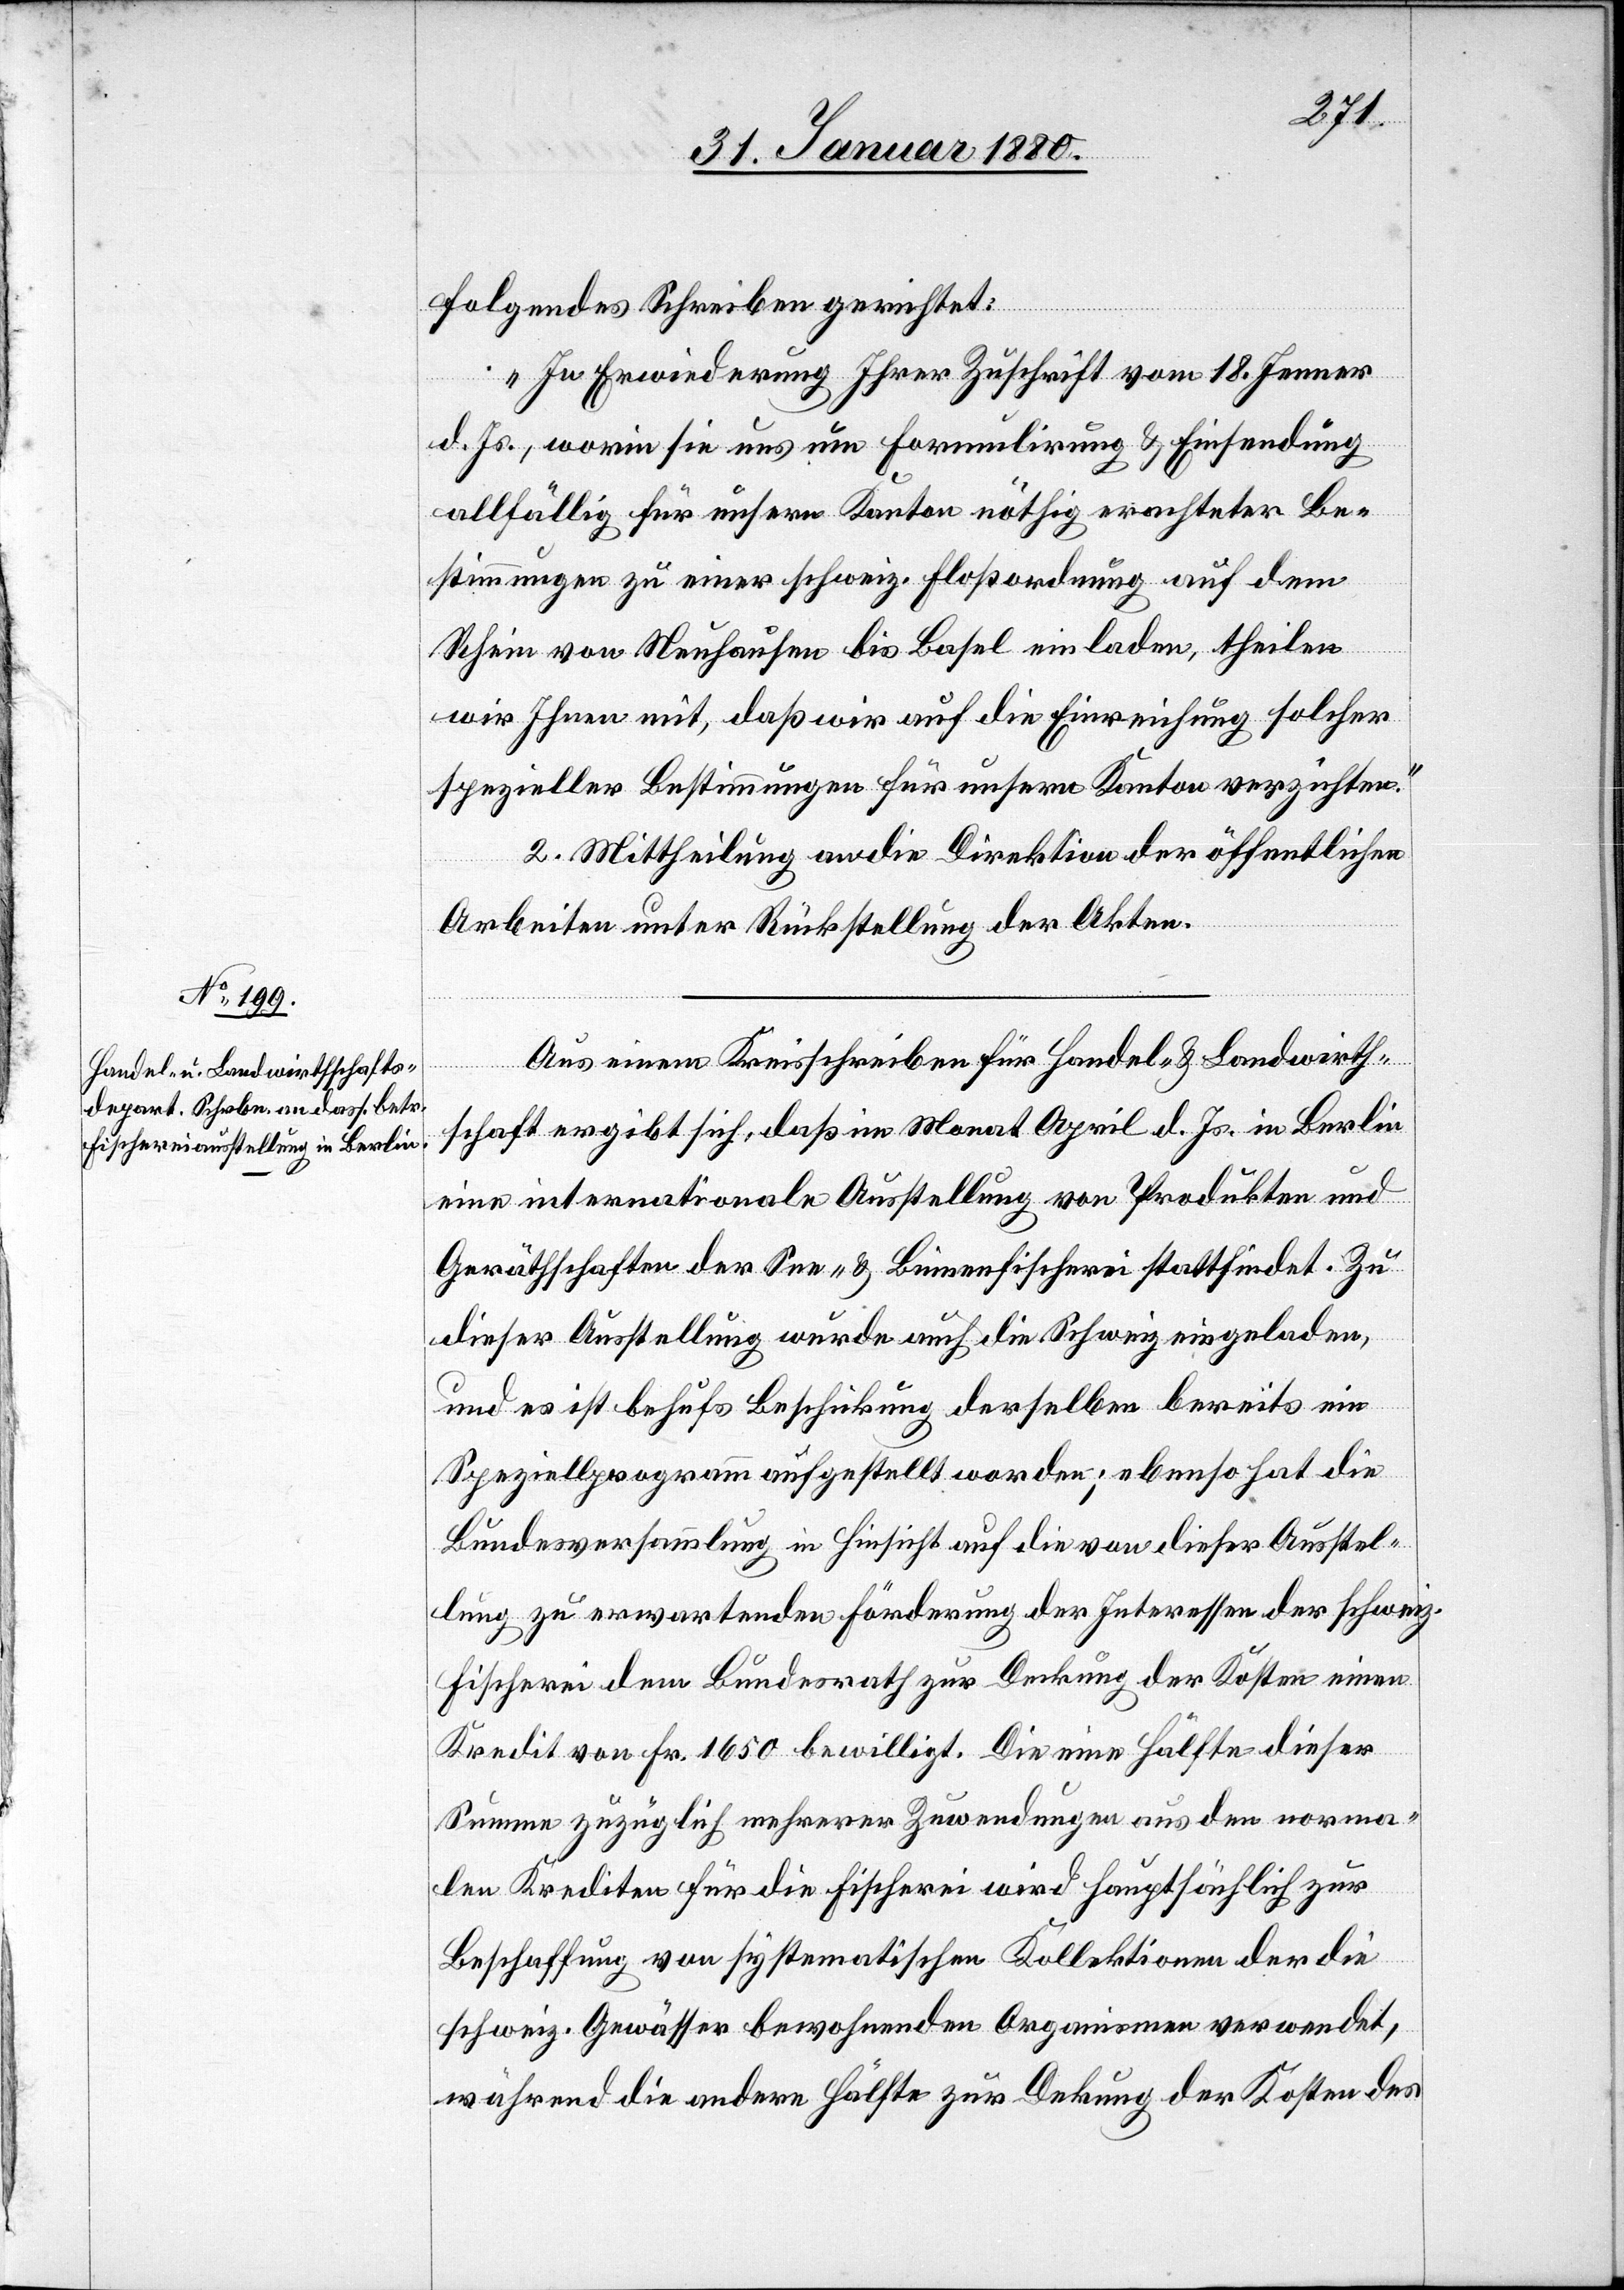
folgendes Schreiben gerichtet:
„In Erwiederung Ihrer Zuschrift vom 18. Jenner
d. Js., worin sie uns um Formulirung & Einsendung
allfällig für unsern Kanton nöthig erachteter Be¬
stimmungen zu einer schweiz. Floßordnung auf dem
Rhein von Neuhausen bis Basel einladen, theilen
wir Ihnen mit, daß wir auf die Einreichung solcher
spezieller Bestimmungen für unsern Kanton verzichten.“
2. Mittheilung an die Direktion der öffentlichen
Arbeiten unter Rückstellung der Akten.